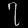
Digit: ၇